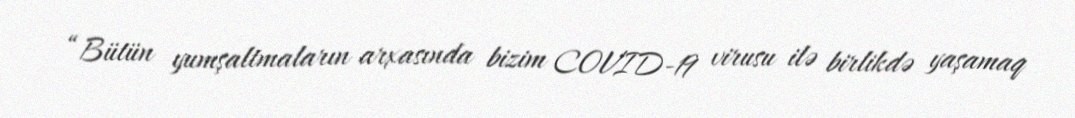
“Bütün yumşaltmaların arxasında bizim COVID-19 virusu ilə birlikdə yaşamaq